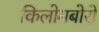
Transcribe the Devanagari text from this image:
किलोमबोरो